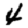
Digit: 4